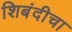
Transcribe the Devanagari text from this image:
शिबंदीचा